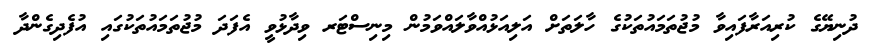
ދުނިޔޭގެ ކުރިއަރާފައިވާ މުޖުތަމައުތަކުގެ ހާލަތަށް އަލިއަޅުއްވާލައްވަމުން މިނިސްޓަރ ވިދާޅުވީ އެފަދަ މުޖުތަމައުތަކުގައި އުފެދިގެންދާ